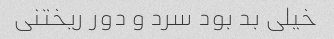
خیلی بد بود سرد و دور ریختنی